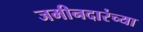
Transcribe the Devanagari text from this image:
जमीनदारंच्या